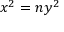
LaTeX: x ^ { 2 } = n y ^ { 2 }